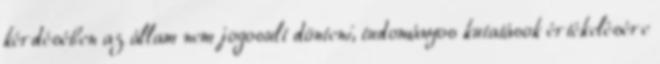
kérdésében az állam nem jogosult dönteni, tudományos kutatások értékelésére